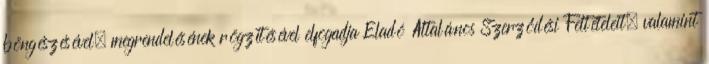
böngészésével, megrendelésének rögzítésével elfogadja Eladó Általános Szerződési Feltételeit, valamint